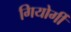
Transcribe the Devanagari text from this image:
गियोर्गी